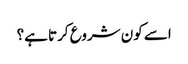
اسے کون شروع کرتا ہے؟